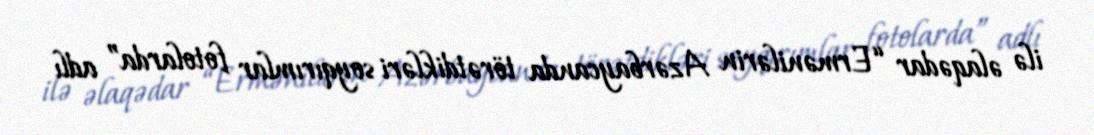
ilə əlaqədar “Ermənilərin Azərbaycanda törətdikləri soyqırımlar fotolarda” adlı